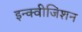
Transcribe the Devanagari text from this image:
इन्क्वीजिशन